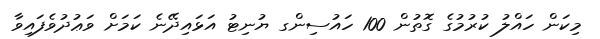
މިކަން ހައްލު ކުރުމުގެ ގޮތުން 100 ހައުސިންގ ޔުނިޓު އަޅައިދޭނެ ކަމަށް ވަޢުދުވެފައިވާ